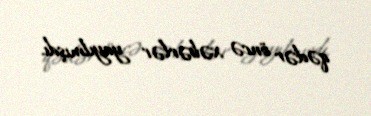
qədər öncə xəbərlər yayılmışdı.